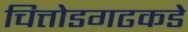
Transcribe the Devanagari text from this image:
चित्तोडगढकडे